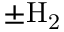
\pm \mathrm { H _ { 2 } }